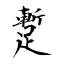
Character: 蹔